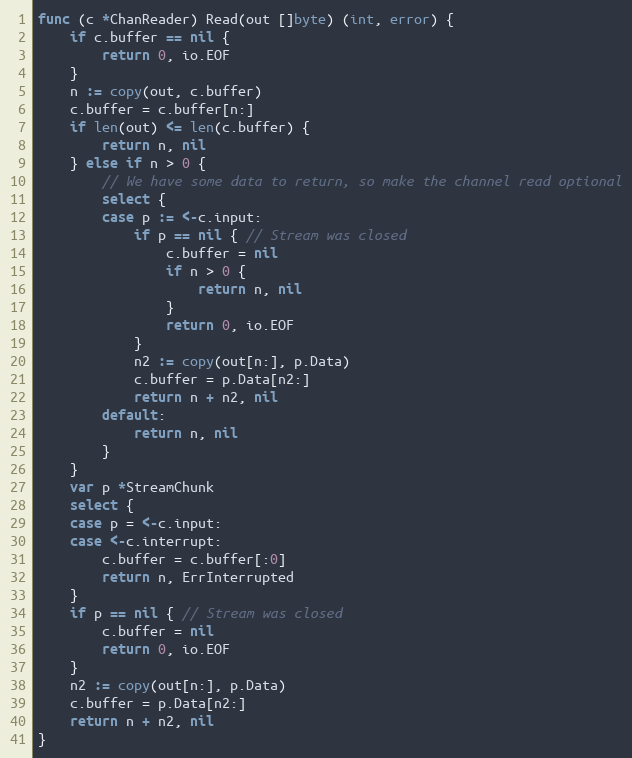
Language: Go
func (c *ChanReader) Read(out []byte) (int, error) {
	if c.buffer == nil {
		return 0, io.EOF
	}
	n := copy(out, c.buffer)
	c.buffer = c.buffer[n:]
	if len(out) <= len(c.buffer) {
		return n, nil
	} else if n > 0 {
		// We have some data to return, so make the channel read optional
		select {
		case p := <-c.input:
			if p == nil { // Stream was closed
				c.buffer = nil
				if n > 0 {
					return n, nil
				}
				return 0, io.EOF
			}
			n2 := copy(out[n:], p.Data)
			c.buffer = p.Data[n2:]
			return n + n2, nil
		default:
			return n, nil
		}
	}
	var p *StreamChunk
	select {
	case p = <-c.input:
	case <-c.interrupt:
		c.buffer = c.buffer[:0]
		return n, ErrInterrupted
	}
	if p == nil { // Stream was closed
		c.buffer = nil
		return 0, io.EOF
	}
	n2 := copy(out[n:], p.Data)
	c.buffer = p.Data[n2:]
	return n + n2, nil
}